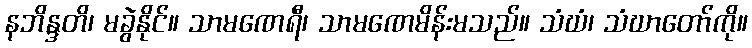
နဘိန္ဒတိ၊ မခွဲနိုင်။ သာမဏေရီ၊ သာမဏေမိန်းမသည်။ သံဃံ၊ သံဃာတော်ကို။